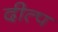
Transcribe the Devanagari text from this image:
दीत्प